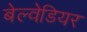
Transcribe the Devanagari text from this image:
बेल्वेडियर